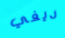
ديفي